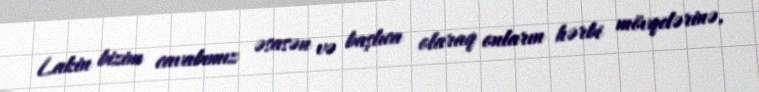
Lakin bizim cavabımız əsasən və başlıca olaraq onların hərbi mövqelərinə,